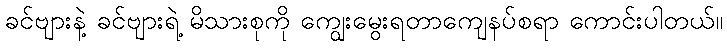
ခင်ဗျားနဲ့ ခင်ဗျားရဲ့ မိသားစုကို ကျွေးမွေးရတာကျေနပ်စရာ ကောင်းပါတယ်။